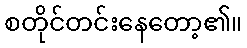
စတိုင်တင်းနေတော့၏။